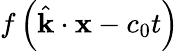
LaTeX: f\left({\hat{\mathbf{k}}}\cdot\mathbf{x}-c_{0}t\right)